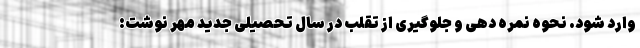
وارد شود. نحوه نمره دهی و جلوگیری از تقلب در سال تحصیلی جدید مهر نوشت: